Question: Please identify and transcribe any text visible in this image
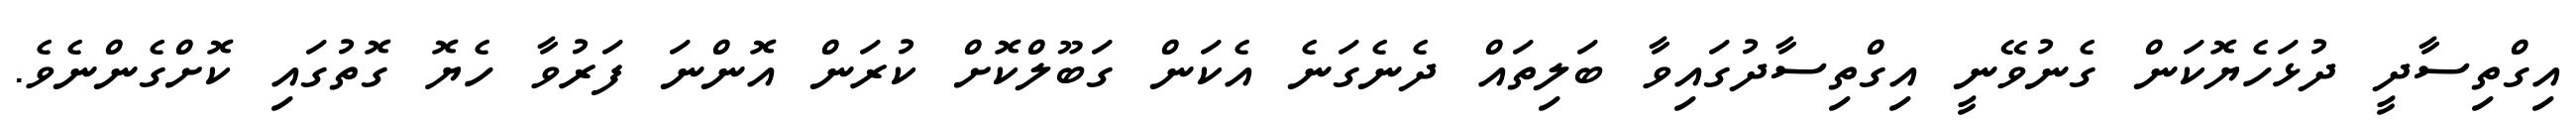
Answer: އިގްތިސާދީ ދުޅަހެޔޮކަން ގެނުވޭނީ އިގްތިސާދުގައިވާ ބަލިތައް ދެނެގަނެ އެކަން ގަބޫލްކޮށް ކުރަން އޮންނަ ފަރުވާ ހެޔޮ ގޮތުގައި ކޮށްގެންނެވެ.